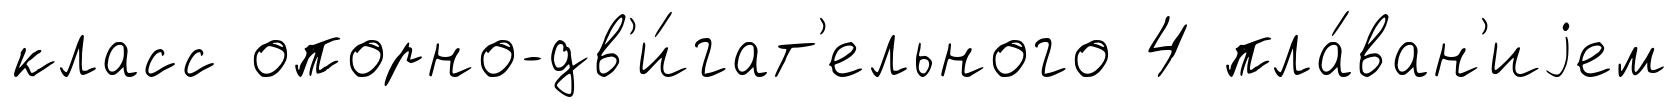
класс опорно-дв'и́гат'ельного 4 пла́ван'иjем